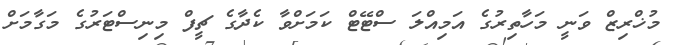
މުޚްރިޒް ވަނީ މަހާތިރުގެ އަމިއްލަ ސްޓޭޓް ކަމަށްވާ ކެދާގެ ޗީފް މިނިސްޓަރުގެ މަގާމަށް